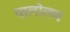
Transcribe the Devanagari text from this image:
पालोलम